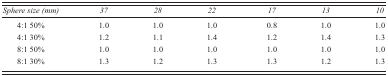
<table><thead><tr><td><b><i>Sphere size (mm)</i></b></td><td><b><i>37</i></b></td><td><b><i>28</i></b></td><td><b><i>22</i></b></td><td><b><i>17</i></b></td><td><b><i>13</i></b></td><td><b><i>10</i></b></td></tr></thead><tbody><tr><td>4:1 50%</td><td>1.0</td><td>1.0</td><td>1.0</td><td>0.8</td><td>1.0</td><td>1.0</td></tr><tr><td>4:1 30%</td><td>1.2</td><td>1.1</td><td>1.4</td><td>1.2</td><td>1.4</td><td>1.3</td></tr><tr><td>8:1 50%</td><td>1.0</td><td>1.0</td><td>1.0</td><td>1.0</td><td>1.0</td><td>1.0</td></tr><tr><td>8:1 30%</td><td>1.3</td><td>1.2</td><td>1.3</td><td>1.3</td><td>1.2</td><td>1.3</td></tr></tbody></table>